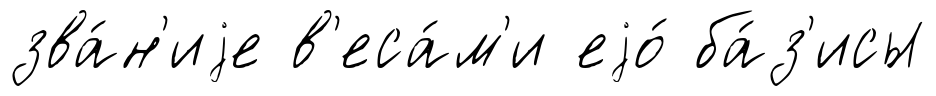
зва́н'иjе в'еса́м'и еjо́ ба́з'исы